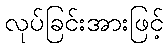
လုပ်ခြင်းအားဖြင့်